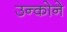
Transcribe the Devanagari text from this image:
उन्कोने